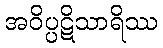
အဝိပ္ပဋိသာရိဿ